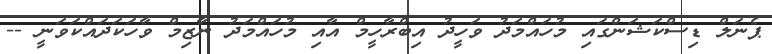
ޕެނަލް ޑިސްކަޝަންގައި މުހައްމަދު ވަހީދު އިބްރާހީމް އާއި މުހައްމަދު ނާޒިމް ވާހަކަދައްކަވަނީ --